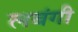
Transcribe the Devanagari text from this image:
लबंगी